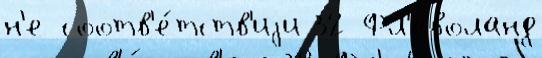
н'е соотв'е́тств'иjи 32 Фл'еволанд